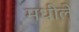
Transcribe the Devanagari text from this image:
मधीले